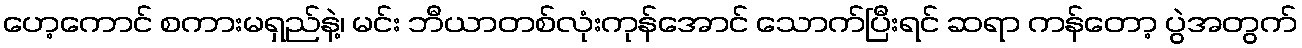
ဟေ့ကောင် စကားမရှည်နဲ့၊ မင်း ဘီယာတစ်လုံးကုန်အောင် သောက်ပြီးရင် ဆရာ ကန်တော့ ပွဲအတွက်